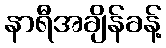
နာရီအချိန်ခန့်